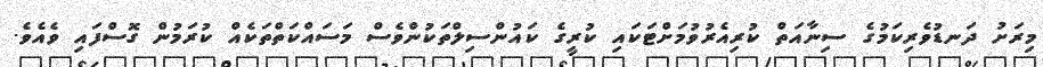
މިރަށު ދަނޑުވެރިކަމުގެ ސިނާއަތް ކުރިއެރުވުމަށްޓަކައި ކުރީގެ ކައުންސިލްތަކުންވެސް މަސައްކަތްތަކެއް ކުރަމުން ގޮސްފައި ވެއެވެ.